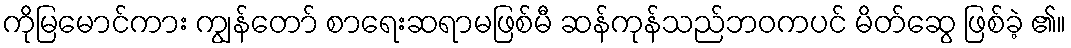
ကိုမြမောင်ကား ကျွန်တော် စာရေးဆရာမဖြစ်မီ ဆန်ကုန်သည်ဘဝကပင် မိတ်ဆွေ ဖြစ်ခဲ့ ၏။